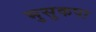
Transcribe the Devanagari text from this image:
भुसुकपा